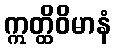
ဣတ္ထိဝိမာနံ